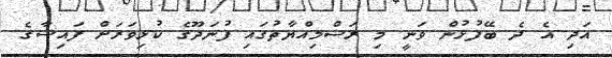
އަދި އެ ދެ ބޭފުޅުން ވަނީ މި ރަސްމިއްޔާތުގައި ފުނަދޫގެ ކުޅިވަރަށް ފައިސާގެ